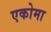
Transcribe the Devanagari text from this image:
एकोमा